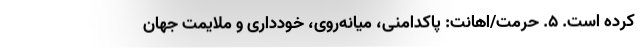
کرده است. ۵. حرمت/اهانت: پاکدامنی، میانه‌روی، خودداری و ملایمت جهان